[Report on the health of British troops in the Madras command]
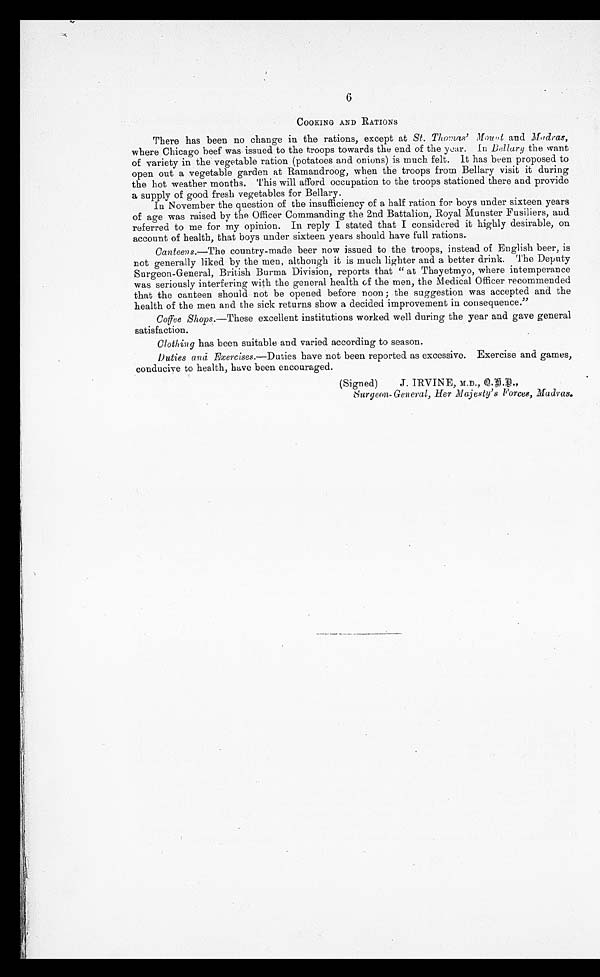
6
COOKING AND RATIONS
There has been no change in the rations, except at St. Thomas' Mount and Madras,
where Chicago beef was issued to the troops towards the end of the year. In Bellary the want
of variety in the vegetable ration (potatoes and onions) is much felt. It has been proposed to
open out a vegetable garden at Ramandroog, when the troops from Bellary visit it during
the hot weather months. This will afford occupation to the troops stationed there and provide
a supply of good fresh vegetables for Bellary.
In November the question of the insufficiency of a half ration for boys under sixteen years
of age was raised by the Officer Commanding the 2nd Battalion, Royal Munster Fusiliers, and
referred to me for my opinion. In reply I stated that I considered it highly desirable, on
account of health, that boys under sixteen years should have full rations.
Canteens.—The country-made beer now issued to the troops, instead of English beer, is
not generally liked by the men, although it is much lighter and a better drink. The Deputy
Surgeon-General, British Burma Division, reports that " at Thayetmyo, where intemperance
was seriously interfering with the general health of the men, the Medical Officer recommended
that the canteen should not be opened before noon ; the suggestion was accepted and the
health of the men and the sick returns show a decided improvement in consequence."
Coffee Shops.—These excellent institutions worked well during the year and gave general
satisfaction.
Clothing has been suitable and varied according to season.
Duties and Exercises.—Duties have not been reported as excessive. Exercise and games,
conducive to health, have been encouraged.
(Signed)
J. IRVINE, M.D., Q.S.D.,
Surgeon
- G e n e r a l , H e r M a j e s t y ' s F o r c e s , M a d r a s .